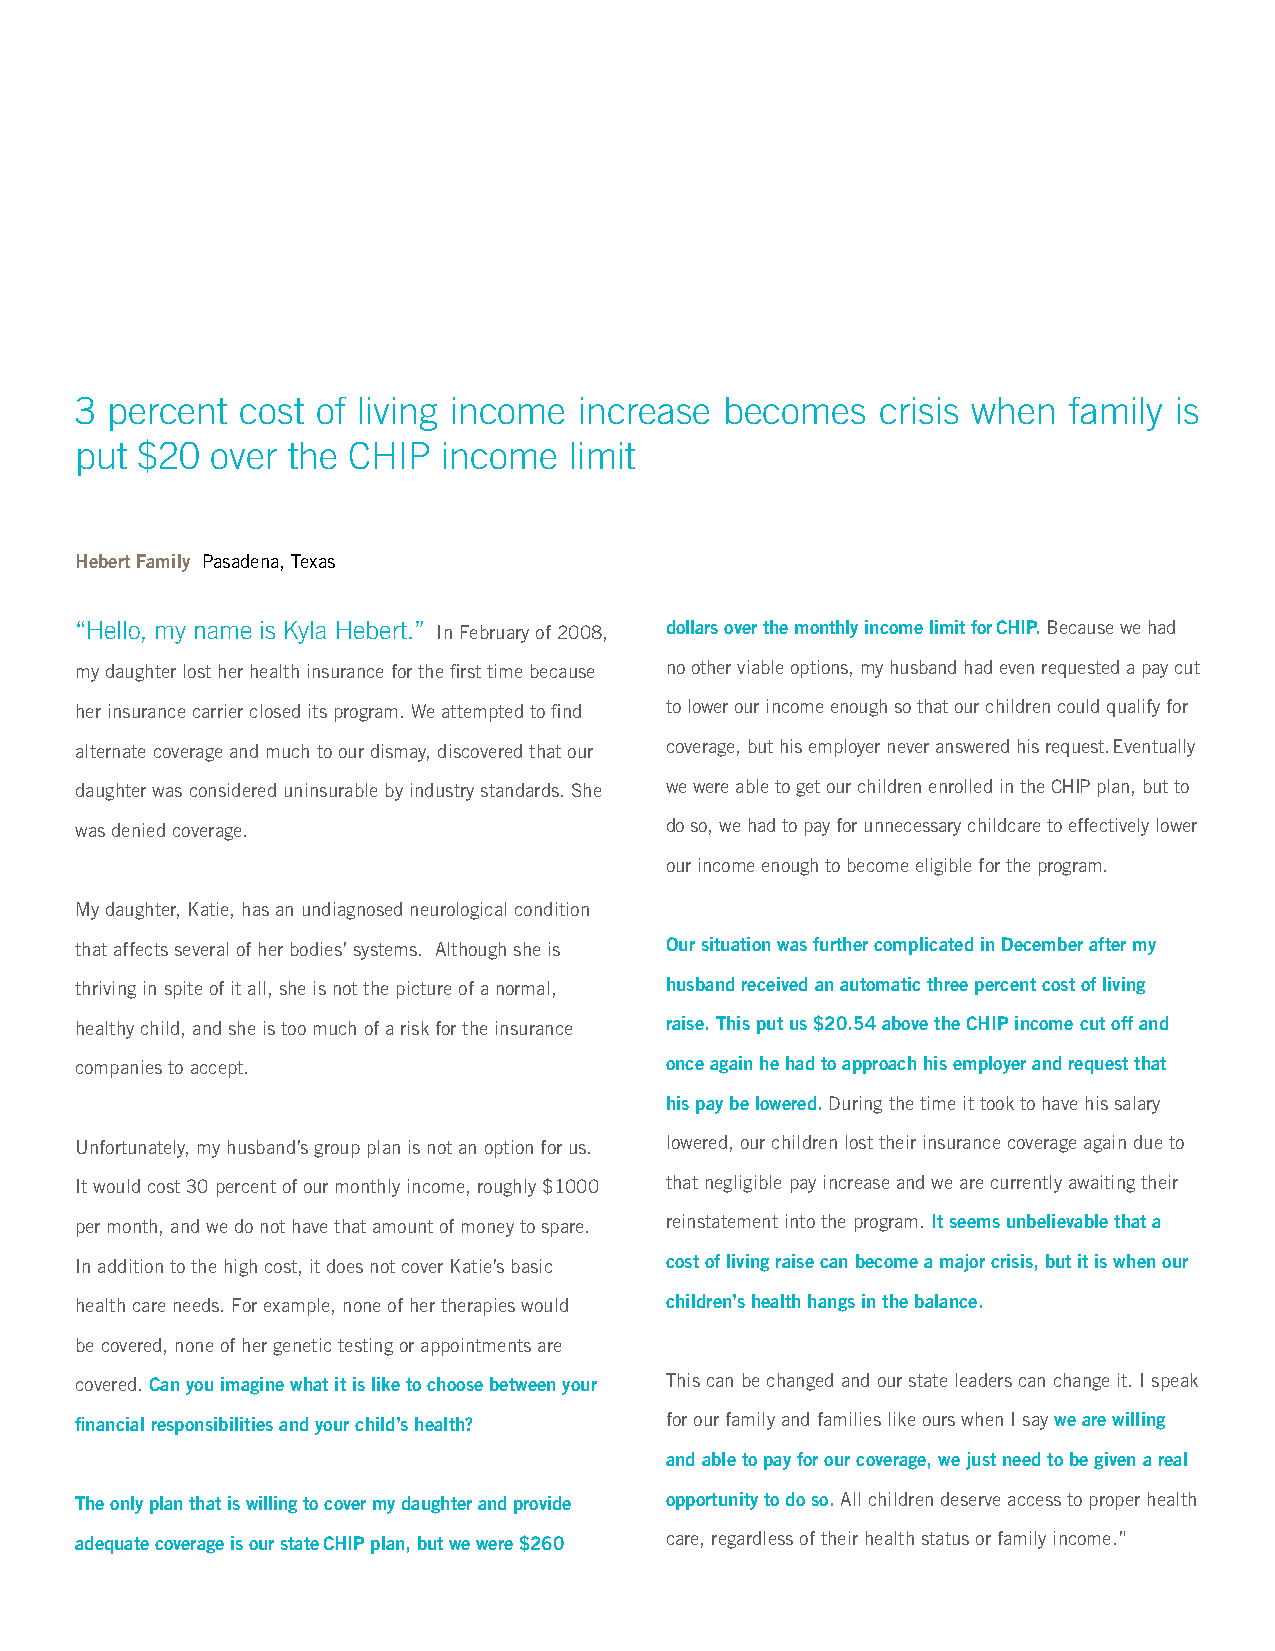
3 percent  cost of living income increase  becomes   crisis when  family is
 put $20  over the CHIP  income   limit
 Hebert Family Pasadena, Texas
 “Hello, my name is Kyla Hebert.” In February of 2008, dollars over the monthly income limit for CHIP. Because we had
 my daughter lost her health insurance for the first time because no other viable options, my husband had even requested a pay cut
 her insurance carrier closed its program. We attempted to find to lower our income enough so that our children could qualify for
 alternate coverage and much to our dismay, discovered that our coverage, but his employer never answered his request. Eventually
 daughter was considered uninsurable by industry standards. She we were able to get our children enrolled in the CHIP plan, but to
 was denied coverage.                   do so, we had to pay for unnecessary childcare to effectively lower
 our income enough to become eligible for the program.
 My daughter, Katie, has an undiagnosed neurological condition
 that affects several of her bodies’ systems. Although she is Our situation was further complicated in December after my
 thriving in spite of it all, she is not the picture of a normal, husband received an automatic three percent cost of living
 healthy child, and she is too much of a risk for the insurance raise. This put us $20.54 above the CHIP income cut off and
 companies to accept.                   once again he had to approach his employer and request that
 his pay be lowered. During the time it took to have his salary
 Unfortunately, my husband’s group plan is not an option for us. lowered, our children lost their insurance coverage again due to
 It would cost 30 percent of our monthly income, roughly $1000 that negligible pay increase and we are currently awaiting their
 per month, and we do not have that amount of money to spare. reinstatement into the program. It seems unbelievable that a
 In addition to the high cost, it does not cover Katie’s basic cost of living raise can become a major crisis, but it is when our
 health care needs. For example, none of her therapies would children’s health hangs in the balance.
 be covered, none of her genetic testing or appointments are
 covered. Can you imagine what it is like to choose between your This can be changed and our state leaders can change it. I speak
 financial responsibilities and your child’s health? for our family and families like ours when I say we are willing
 and able to pay for our coverage, we just need to be given a real
 The only plan that is willing to cover my daughter and provide opportunity to do so. All children deserve access to proper health
 adequate coverage is our state CHIP plan, but we were $260 care, regardless of their health status or family income.”